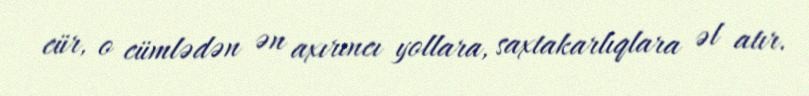
cür, o cümlədən ən axırıncı yollara, saxtakarlıqlara əl atır.